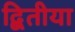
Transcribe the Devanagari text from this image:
द्बितीया